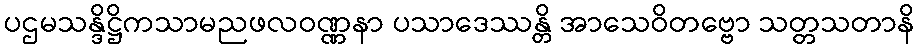
ပဌမသန္ဒိဋ္ဌိကသာမညဖလဝဏ္ဏနာ ပသာဒေဿန္တိ အာသေဝိတဗ္ဗော သတ္တသတာနိ